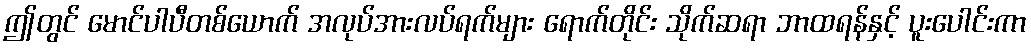
ဤတွင် မောင်ပါပီတစ်ယောက် အလုပ်အားလပ်ရက်များ ရောက်တိုင်း သိုက်ဆရာ ဘာထရန်နှင့် ပူးပေါင်းကာ